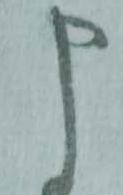
申